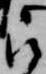
被